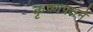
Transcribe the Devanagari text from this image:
कृष्णपक्षमे